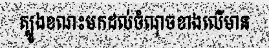
ត្បូងខណះមកដល់ចំណុចខាងលើមាន